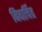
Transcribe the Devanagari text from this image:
निवार्चित